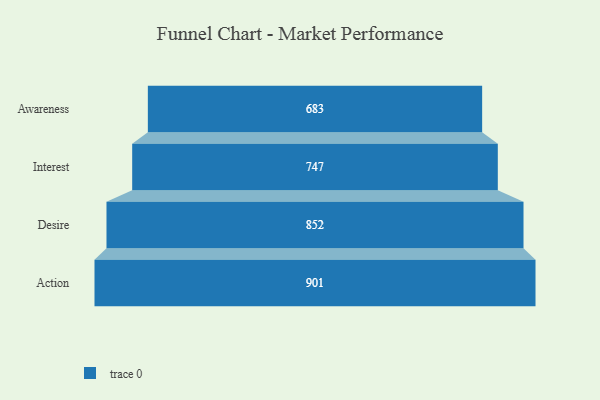
{"axis": {"x": "Stage", "y": "Value"}, "legend": [""], "data": [{"x": "Awareness", "y": 683.0, "type": ""}, {"x": "Interest", "y": 747.0, "type": ""}, {"x": "Desire", "y": 852.0, "type": ""}, {"x": "Action", "y": 901.0, "type": ""}]}